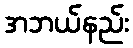
အဘယ်နည်း